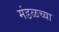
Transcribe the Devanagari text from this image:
मंडळच्या